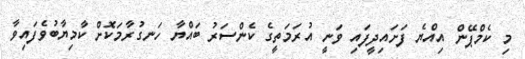
މި ކެމްޕޭން އިއްޔެ ފަށައިދީފައި ވަނީ އުރަމަތީގެ ކެންސަރު ބައްޔާ ހަނގުރާމަކޮށް ކާމިޔާބުވެފައިވާ